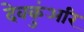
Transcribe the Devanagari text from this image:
देवकुंअरि